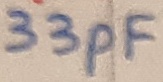
Text: 33pF